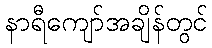
နာရီကျော်အချိန်တွင်